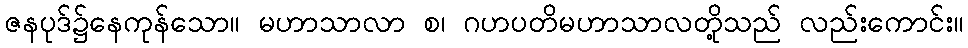
ဇနပုဒ်၌နေကုန်သော။ မဟာသာလာ စ၊ ဂဟပတိမဟာသာလတို့သည် လည်းကောင်း။